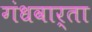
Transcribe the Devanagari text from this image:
गंधवार्ता